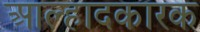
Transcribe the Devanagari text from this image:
आल्हादकारक